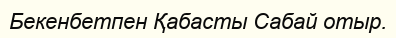
Бекенбетпен Қабасты Сабай отыр.